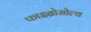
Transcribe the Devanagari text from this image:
फाइब्रोसोल्व